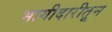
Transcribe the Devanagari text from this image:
भागीदारीतून